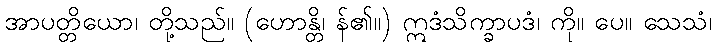
အာပတ္တိယော၊ တို့သည်။ (ဟောန္တိ၊ န်၏။) ဣဒံသိက္ခာပဒံ၊ ကို။ ပေ။ သေသံ၊